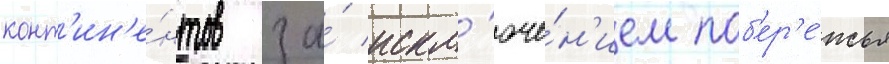
конт'ин'е́нтов за́ искл'юче́н'ием поб'ер'е́жья